Civil Veterinary Department. United Provinces 1932-42 - 1932-1942
Year: 1932
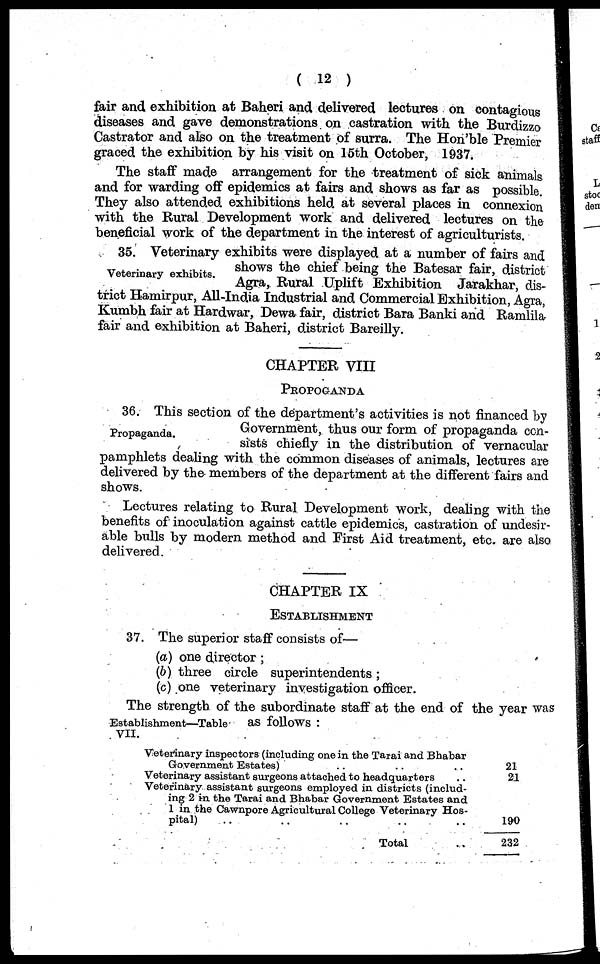
(12)
fair and exhibition at Baheri and delivered lectures on contagious
diseases and gave demonstrations on castration with the Burdizzo
Castrator and also on the treatment of surra. The Hon'ble Premier
graced the exhibition by his visit on 15th October, 1937.
The staff made arrangement for the treatment of sick animals
and for warding off epidemics at fairs and shows as far as possible.
They also attended exhibitions held at several places in connexion
with the Rural Development work and delivered lectures on the
beneficial work of the department in the interest of agriculturists.
Veterinary exhibits.
35. Veterinary exhibits were displayed at a number of fairs and
shows the chief being the Batesar fair, district
Agra, Rural Uplift Exhibition Jarakhar, dis-
trict Hamirpur, All-India Industrial and Commercial Exhibition, Agra,
Kumbh fair at Hardwar, Dewa fair, district Bara Banki and Ramlila
fair and exhibition at Baheri, district Bareilly.
CHAPTER VIII
PROPOGANDA
Propaganda.
36. This section of the department's activities is not financed by
Government, thus our form of propaganda con-
sists chiefly in the distribution of vernacular
pamphlets dealing with the common diseases of animals, lectures are
delivered by the members of the department at the different fairs and
shows.
Lectures relating to Rural Development work, dealing with the
benefits of inoculation against cattle epidemics, castration of undesir-
able bulls by modern method and First Aid treatment, etc. are also
delivered.
CHAPTER IX
ESTABLISHMENT
37. The superior staff consists of—
(a) one director;
(b) three circle superintendents;
(c) one veterinary investigation officer.
Establishment—Table
VII.
The strength of the subordinate staff at the end of the year was
as follows:
Veterinary inspectors (including one in the Tarai and Bhabar
Government Estates) .. .. .. ..
Veterinary assistant surgeons attached to headquarters
Veterinary assistant surgeons employed in districts (includ-
ing 2 in the Tarai and Bhabar Government Estates and
1 in the Cawnpore Agricultural College Veterinary Hos-
pital)
Total
21
21
190
232